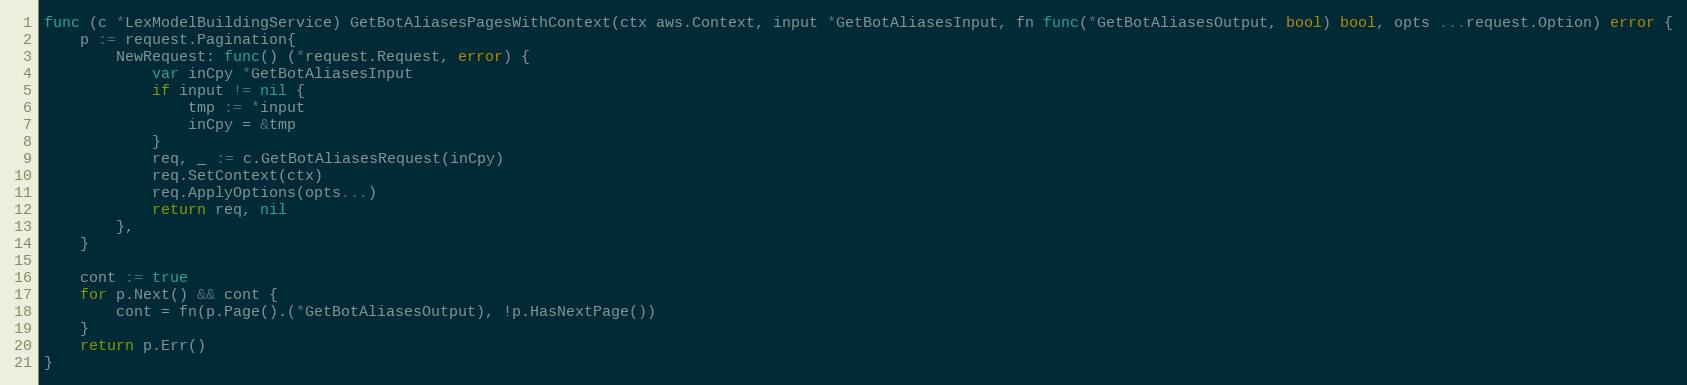
Language: Go
func (c *LexModelBuildingService) GetBotAliasesPagesWithContext(ctx aws.Context, input *GetBotAliasesInput, fn func(*GetBotAliasesOutput, bool) bool, opts ...request.Option) error {
	p := request.Pagination{
		NewRequest: func() (*request.Request, error) {
			var inCpy *GetBotAliasesInput
			if input != nil {
				tmp := *input
				inCpy = &tmp
			}
			req, _ := c.GetBotAliasesRequest(inCpy)
			req.SetContext(ctx)
			req.ApplyOptions(opts...)
			return req, nil
		},
	}

	cont := true
	for p.Next() && cont {
		cont = fn(p.Page().(*GetBotAliasesOutput), !p.HasNextPage())
	}
	return p.Err()
}